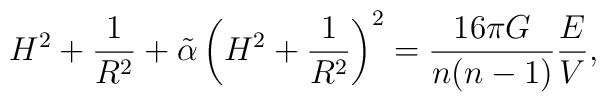
H^2 +\frac{1}{R^2} +\tilde \alpha \left (H^2 +\frac{1}{R^2}\right)^2 = \frac{16\pi G}{n(n-1)}\frac{E}{V},